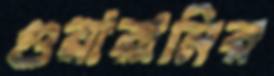
গুয়ারানির